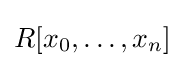
R[x_{0},\ldots ,x_{n}]